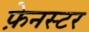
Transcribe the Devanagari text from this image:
फ़ेनस्टर